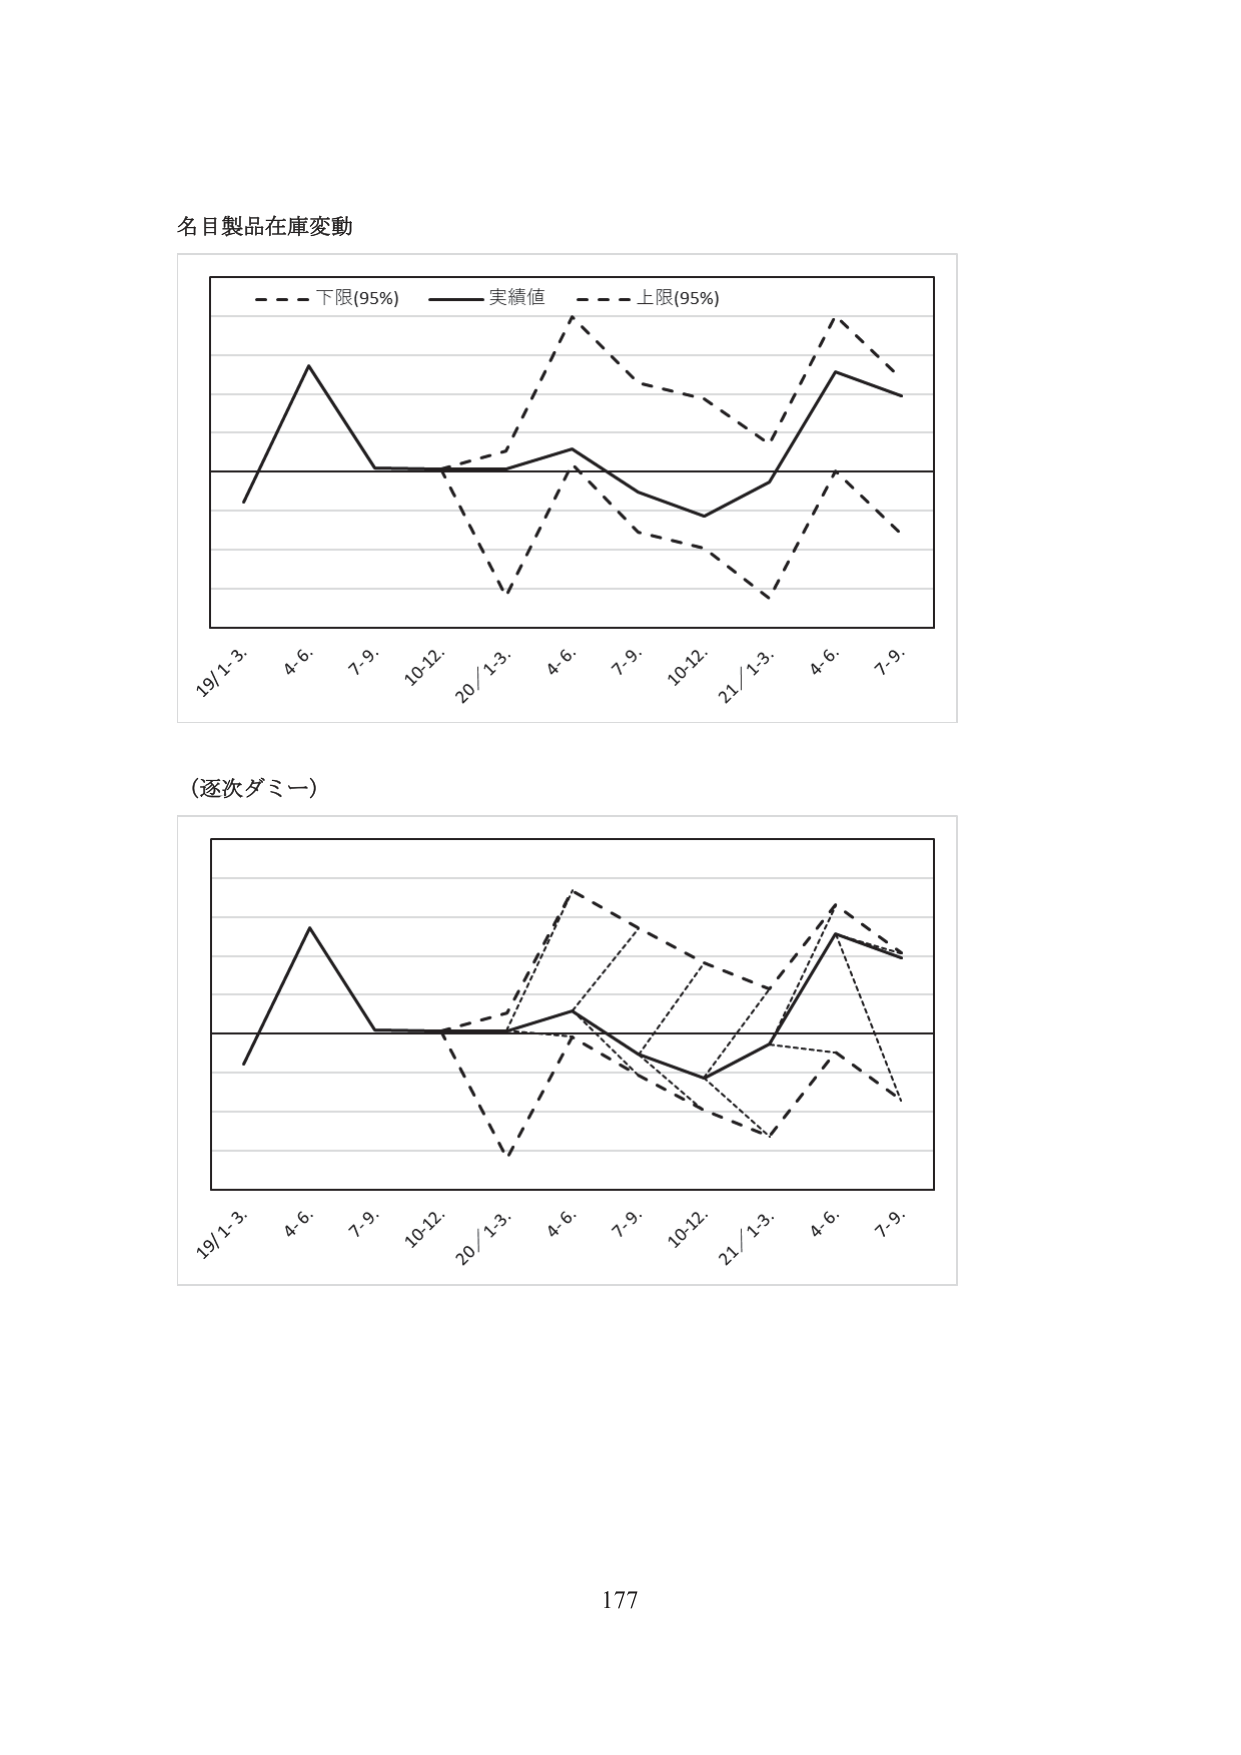
名目製品在庫変動

- - - 下限(95%) —— 実績値 - - - 上限(95%)

19/1-3. 4-6. 7-9. 10-12. 20/1-3. 4-6. 7-9. 10-12. 21/1-3. 4-6. 7-9.

(逐次ダミー)

19/1-3. 4-6. 7-9. 10-12. 20/1-3. 4-6. 7-9. 10-12. 21/1-3. 4-6. 7-9.

177